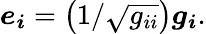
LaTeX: \begin{array}{r}{\boldsymbol{e_{i}}=\left(1/\sqrt{g_{ii}}\right)\boldsymbol{g_{i}}.}\end{array}